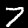
Label: 7